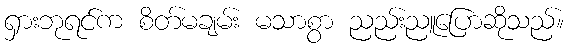
ရှားဘုရင်က စိတ်မချမ်း မသာစွာ ညည်းညူပြောဆိုသည်။